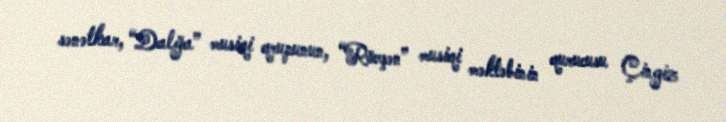
sənətkar, “Dalğa” musiqi qrupunun, “Rövşən” musiqi məktəbinin qurucusu Çingiz